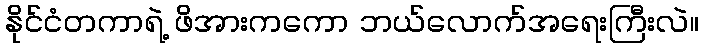
နိုင်ငံတကာရဲ့ ဖိအားကကော ဘယ်လောက်အရေးကြီးလဲ။